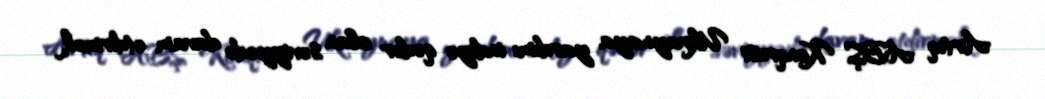
Artıq ABŞ Konqresi Ukraynaya yardımı indiyə qədər olan səviyyədə davam etdirmək